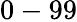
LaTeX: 0-99